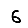
Digit: 6